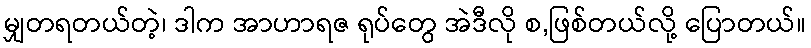
မျှတရတယ်တဲ့၊ ဒါက အာဟာရဇ ရုပ်တွေ အဲဒီလို စ,ဖြစ်တယ်လို့ ပြောတယ်။